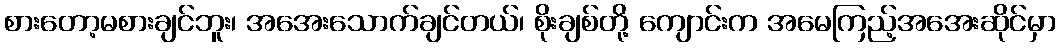
စားတော့မစားချင်ဘူး၊ အအေးသောက်ချင်တယ်၊ စိုးချစ်တို့ ကျောင်းက အမေကြည့်အအေးဆိုင်မှာ